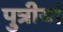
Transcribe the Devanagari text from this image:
पुत्रीयां